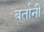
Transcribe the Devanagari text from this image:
बर्तानी